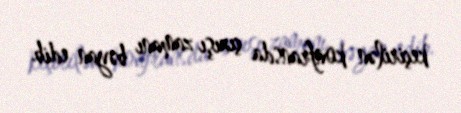
keçirilən konfransda çıxışı zamanı bəyan edib.